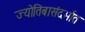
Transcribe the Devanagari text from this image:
ज्योतिबासंदर्भात